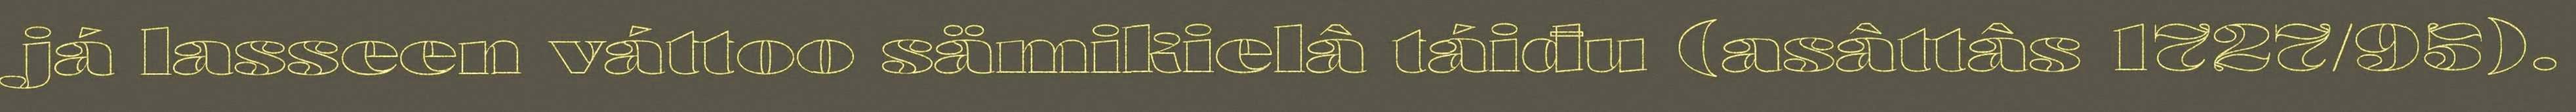
já lasseen váttoo sämikielâ táiđu (asâttâs 1727/95).